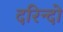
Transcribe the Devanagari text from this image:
दरिन्‍दो